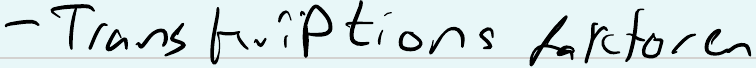
- Transkriptions faktoren